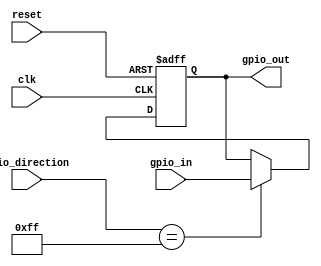
module GPIO (
  input clk,                   // Clock signal
  input reset,                 // Reset signal
  input [N-1:0] gpio_in,       // Input data for GPIO pins
  output reg [N-1:0] gpio_out, // Output data for GPIO pins
  input [N-1:0] gpio_direction // Direction control for GPIO pins (0: input, 1: output)
);
  parameter N = 8;  // Number of GPIO pins

  always @(posedge clk or posedge reset) begin
    if (reset) begin
      gpio_out <= {N{1'b0}};  // Reset the GPIO output values to 0
    end else begin
      if (gpio_direction == {N{1'b1}}) begin
        // If all GPIO pins are set as outputs, update the output values
        gpio_out <= gpio_in;
      end else begin
        // If any GPIO pin is set as an input, retain the current output values
        gpio_out <= gpio_out;
      end
    end
  end

endmodule